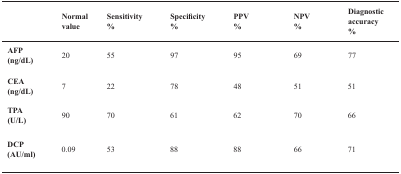
<table><thead><tr><td></td><td><b>Normal value</b></td><td><b>Sensitivity %</b></td><td><b>Specificity %</b></td><td><b>PPV %</b></td><td><b>NPV %</b></td><td><b>Diagnostic accuracy %</b></td></tr></thead><tbody><tr><td><b>AFP (ng/dL)</b></td><td>20</td><td>55</td><td>97</td><td>95</td><td>69</td><td>77</td></tr><tr><td><b>CEA (ng/dL)</b></td><td>7</td><td>22</td><td>78</td><td>48</td><td>51</td><td>51</td></tr><tr><td><b>TPA (U/L)</b></td><td>90</td><td>70</td><td>61</td><td>62</td><td>70</td><td>66</td></tr><tr><td><b>DCP (AU/ml)</b></td><td>0.09</td><td>53</td><td>88</td><td>88</td><td>66</td><td>71</td></tr></tbody></table>